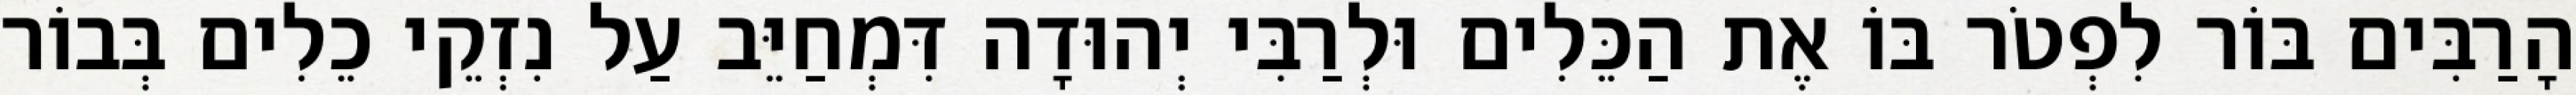
הָרַבִּים בּוֹר לִפְטֹר בּוֹ אֶת הַכֵּלִים וּלְרַבִּי יְהוּדָה דִּמְחַיֵּב עַל נִזְקֵי כֵלִים בְּבוֹר